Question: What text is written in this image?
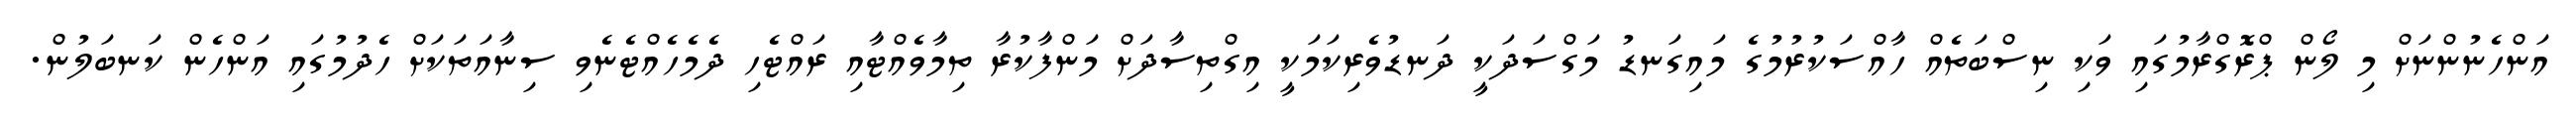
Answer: އަންހެނުންނަށް މި ލޯން ޕްރޮގްރާމުގައި ވަކި ނިސްބަތެއް ހާއްސަކުރުމުގެ މައިގަނޑު މަގްސަދަކީ ދަނޑުވެރިކަމަކީ އިގްތިސާދަށް މަންފާކުރާ ތިމާވެއްޓާއި ރައްޓެހި ދެމެހެއްޓެނެވި ސިނާއަތަކަށް ހެދުމުގައި އަންހެން ކަނބަލުން.